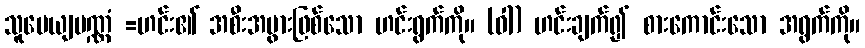
သူပေယျပဏ္ဏံ =ဟင်း၏ အစီးအပွားဖြစ်သော ဟင်းရွက်ကို။ (ဝါ) ဟင်းချက်၍ စားကောင်းသော အရွက်ကို။